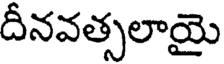
దీనవత్సలాయై